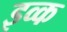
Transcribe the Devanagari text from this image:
इव्क